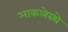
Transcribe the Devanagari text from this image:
आकलेस्थे